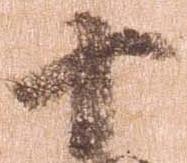
十